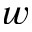
w